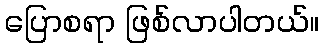
ပြောစရာ ဖြစ်လာပါတယ်။